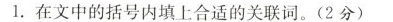
1.在文中的括号内填上合适的关联词。(2分)